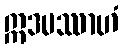
ဣဒမဿာဟံ